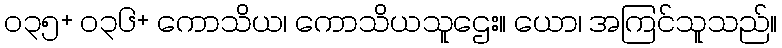
၀၃၅+ ၀၃၆+ ကောသိယ၊ ကောသိယသူဌေး။ ယော၊ အကြင်သူသည်။